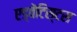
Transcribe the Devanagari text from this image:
एड्वेंटिस्टस